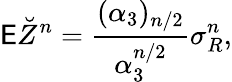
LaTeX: \mathsf E\breve{Z}^{n}=\frac{(\alpha_{3})_{n/2}}{\alpha_{3}^{n/2}}\sigma_{R}^{n},